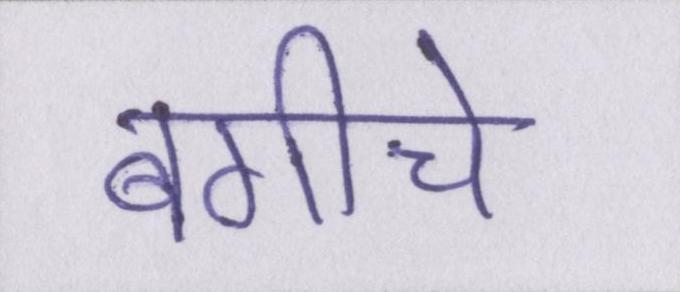
बगीचे